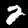
Label: 2